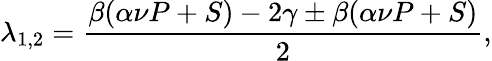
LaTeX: \lambda_{1,2}=\frac{\beta(\alpha\nu P+S)-2\gamma\pm\beta(\alpha\nu P+S)}{2},